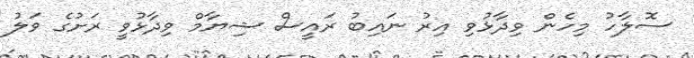
ސޮލާހު މިހެން ވިދާޅުވި އިރު ނައިބު ރައީސް ޝިޔާމް ވިދާޅުވީ ރަށުގެ ވަލު